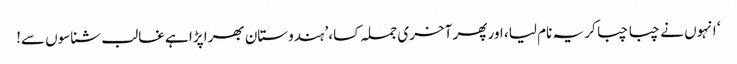
‘ انہوں نے چبا چبا کر یہ نام لیا، اور پھر آخری جملہ کسا، ’ہندوستان بھرا پڑا ہے غالب شناسوں سے!